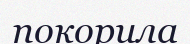
покорила